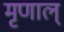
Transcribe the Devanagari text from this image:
मृणाल्